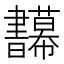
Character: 𢆅